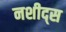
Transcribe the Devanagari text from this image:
नशीद्स